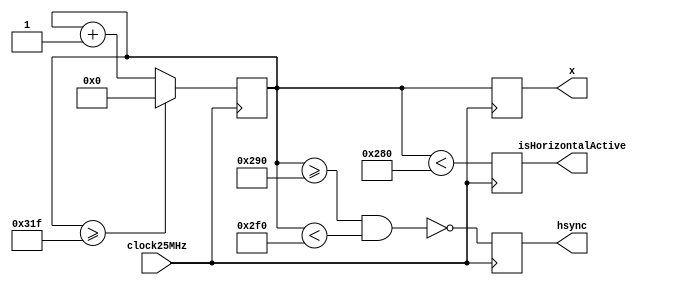
module hSync(
input clock25MHz,
output reg hsync,
output reg isHorizontalActive,
output reg [9:0] x
);
parameter
	syncPulse = 10'd96,
	backPorch = 10'd48,
	active = 10'd640,
	frontPorch = 10'd16,
	syncStart = active+frontPorch,
	syncEnd = syncStart+syncPulse,
	dataStart = syncPulse+ backPorch,
	dataEnd = dataStart + active;


localparam maxCount = syncPulse+backPorch+active+frontPorch;

reg [9:0] counter = 0; // 9 bits (max value is 480)
always @(posedge clock25MHz) begin
    if (counter >= maxCount - 1)
        counter <= 0;
    else
        counter <= counter + 10'd1;
	hsync <= ~(counter >= syncStart & counter<syncEnd);
   x	<= counter;
   isHorizontalActive <= (counter<active);
end


endmodule